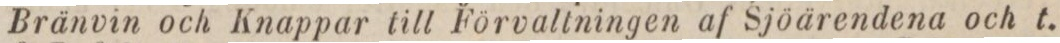
Bränvin och Knappar till Förvaltningen af Sjöärendena och t.